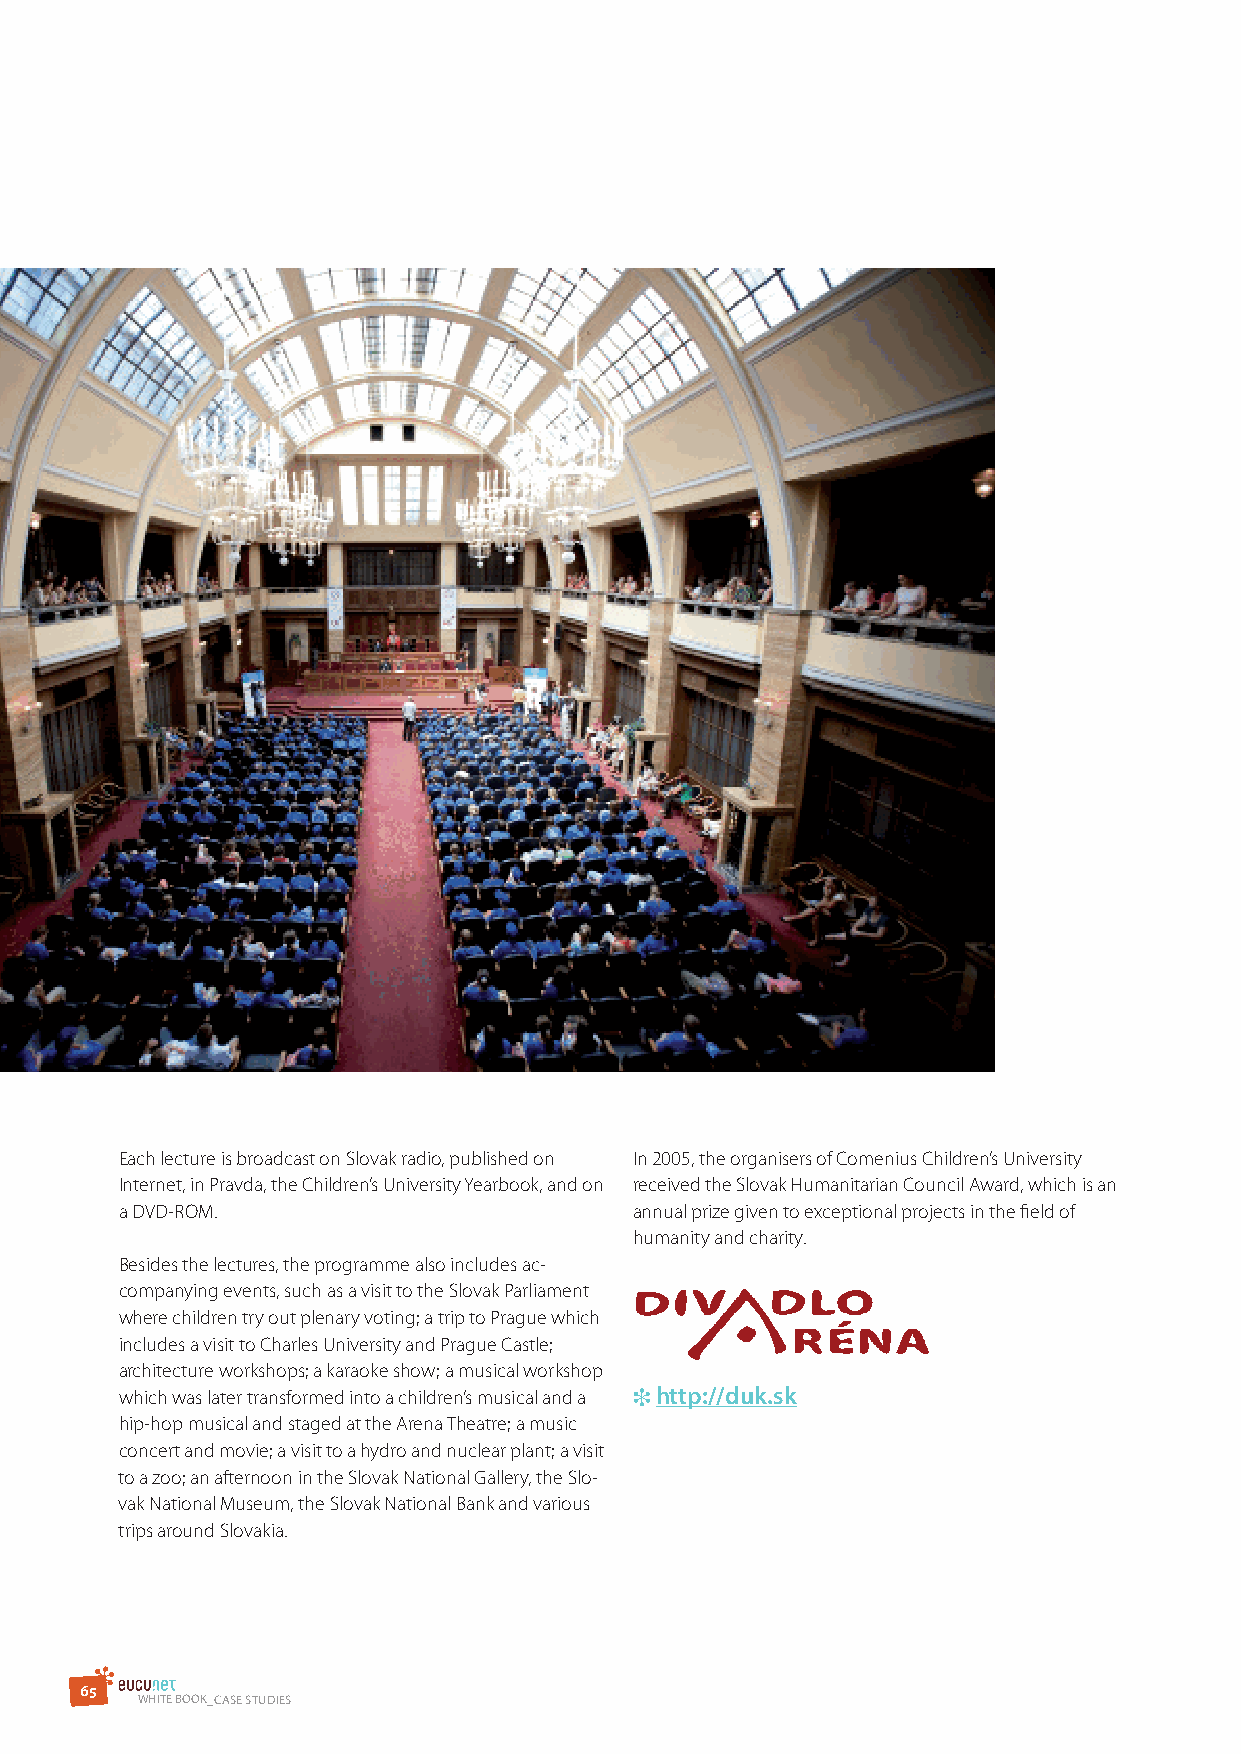
Slovakia/Bratislava –
 The „Detská Univerzita Komenského“
 Each lecture is broadcast on Slovak radio, published on In 2005, the organisers of Comenius Children’s University
 Internet, in Pravda, the Children’s University Yearbook, and on received the Slovak Humanitarian Council Award, which is an
 a DVD-ROM.                        annual prize given to exceptional projects in the field of
 humanity and charity.
 Besides the lectures, the programme also includes ac-
 companying events, such as a visit to the Slovak Parliament
 where children try out plenary voting; a trip to Prague which
 includes a visit to Charles University and Prague Castle;
 architecture workshops; a karaoke show; a musical workshop
 which was later transformed into a children’s musical and a ❉ http://duk.sk
 hip-hop musical and staged at the Arena Theatre; a music
 concert and movie; a visit to a hydro and nuclear plant; a visit
 to a zoo; an afternoon in the Slovak National Gallery, the Slo-
 vak National Museum, the Slovak National Bank and various
 trips around Slovakia.
 6 5
 WHITE BOOK_CAsE sTudIEs